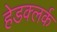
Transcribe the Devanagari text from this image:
हेडक्लर्क